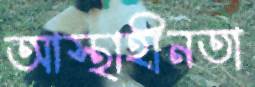
আস্থাহীনতা